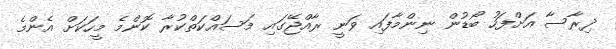
ދިރާސާ އަށްފަހު ބޯޑުން ނިންމާފައި ވަނީ ރާއްޖޭގައި މަސައްކަތްކުރާ ކޮންމެ މީހަކަށް އެންމެ